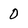
Character: 0